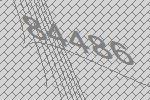
84486